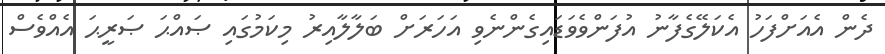
ދެން އެއަށްފަހު އެކަލޭގެފާނު އުފަންވެވަޑައިގެންނެވި އަހަރަށް ބަލާލާއިރު މިކަމުގައި ޞައްޙަ ޞަރީޙަ އެއްވެސް